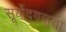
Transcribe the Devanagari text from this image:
सूर्योदयसुद्धा